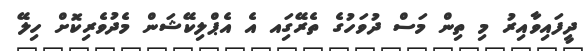
ދީފައިވާއިރު މި ތިން މަސް ދުވަހުގެ ތެރޭގަިއ އެ އެޕްލިކޭޝަން މެދުވެރިކޮށް ހިލޭ